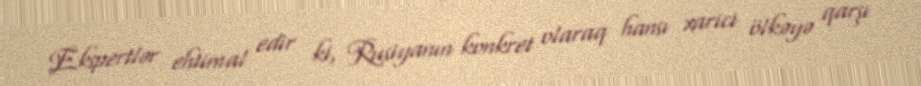
Ekspertlər ehtimal edir ki, Rusiyanın konkret olaraq hansı xarici ölkəyə qarşı